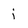
Character: j